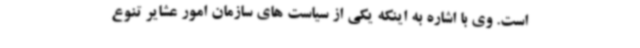
است. وی با اشاره به اینکه یکی از سیاست های سازمان امور عشایر تنوع